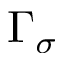
\Gamma _ { \sigma }